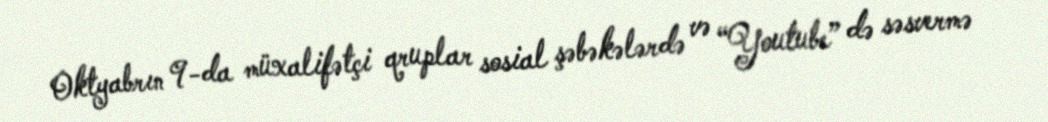
Oktyabrın 9-da müxalifətçi qruplar sosial şəbəkələrdə və “Youtube” də səsvermə